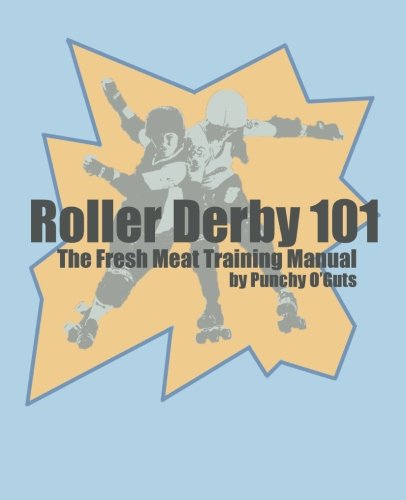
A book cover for Roller Derby 101: The Fresh Meat Training Manual; Punchy O'Guts; Sports & Outdoors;